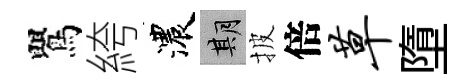
鸎絝濃期披倍草墮